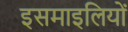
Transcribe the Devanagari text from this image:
इसमाइलियों